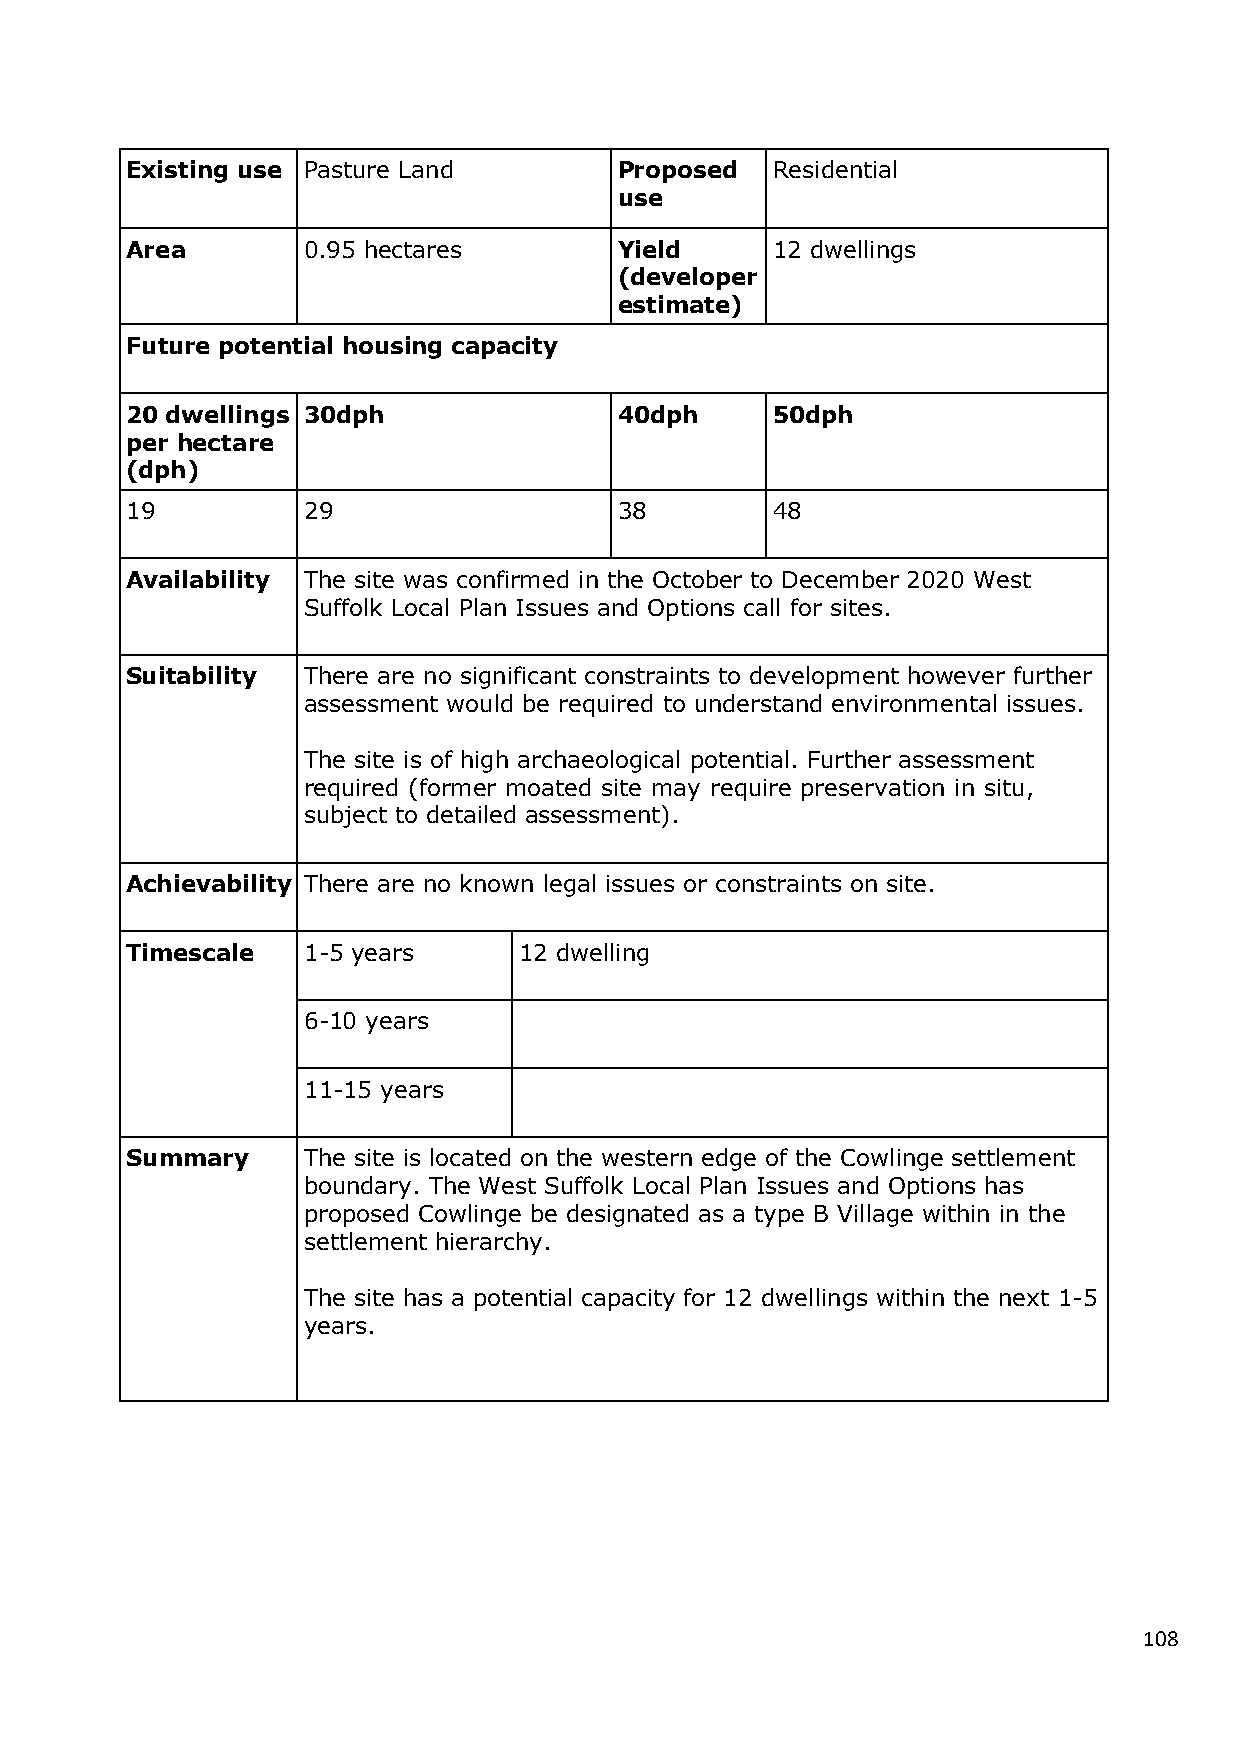
Existing use Pasture Land        Proposed  Residential
 use
 Area        0.95 hectares        Yield     12 dwellings
 (developer
 estimate)
 Future potential housing capacity
 20 dwellings 30dph               40dph     50dph
 per hectare
 (dph)
 19          29                   38        48
 Availability The site was confirmed in the October to December 2020 West
 Suffolk Local Plan Issues and Options call for sites.
 Suitability There are no significant constraints to development however further
 assessment would be required to understand environmental issues.
 The site is of high archaeological potential. Further assessment
 required (former moated site may require preservation in situ,
 subject to detailed assessment).
 Achievability There are no known legal issues or constraints on site.
 Timescale   1-5 years     12 dwelling
 6-10 years
 11-15 years
 Summary     The site is located on the western edge of the Cowlinge settlement
 boundary. The West Suffolk Local Plan Issues and Options has
 proposed Cowlinge be designated as a type B Village within in the
 settlement hierarchy.
 The site has a potential capacity for 12 dwellings within the next 1-5
 years.
 108